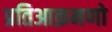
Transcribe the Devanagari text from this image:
प्रतिआक्रमणो